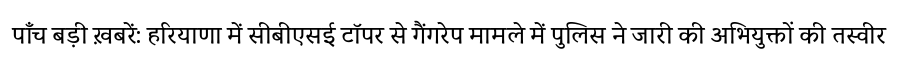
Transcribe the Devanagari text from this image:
पाँच बड़ी ख़बरें: हरियाणा में सीबीएसई टॉपर से गैंगरेप मामले में पुलिस ने जारी की अभियुक्तों की तस्वीर